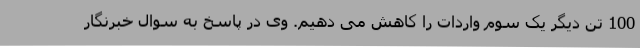
100 تن دیگر یک سوم واردات را کاهش می دهیم. وی در پاسخ به سوال خبرنگار